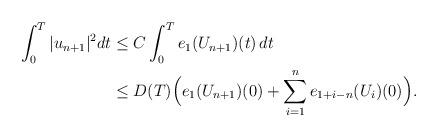
LaTeX: \begin{align*}\int_0^T |u_{n+1}|^2 dt & \le C \int_0^T e_1(U_{n+1})(t)\,dt \\& \le D(T) \Big(e_1(U_{n+1})(0) + \sum_{i=1}^n e_{1+i-n}(U_i)(0)\Big) .\end{align*}